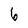
Character: 6